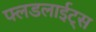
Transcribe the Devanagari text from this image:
फ्लडलाईट्स